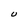
Character: U